system: You are a helpful assistant.
user:
Analyze the provided spectrum to determine if it is a **M-type Giant (gM)**.

A M-type Giant spectrum is defined by its **strong molecular absorption** features, particularly from **Titanium Oxide (TiO)**. You must check for one of the following mutually exclusive signatures:

- **Key Visual Indicators (Absorption-Dominated Spectrum):**

    - **(Primary):** The spectrum is dominated by strong molecular absorption from **Titanium Oxide (TiO)**. This is the **defining feature** of its M-type temperature class.
        - **(Key Bandheads):** Look for sharp, "saw-tooth" absorption valleys. The strongest are located near **~7050 Å**, **~6160 Å**, and **~5170 Å**.
        - **(Line Profile):** The "saw-tooth" morphology is critical: a **sharp, steep drop on the BLUE (short-wavelength) side** of the bandhead, followed by a gradual recovery (rising flux) towards the RED (long-wavelength) side.

    - **(Key Confirmation - Giant vs. Dwarf):** **ABSENCE** of strong **Calcium Hydride (CaH)** molecular bands. This is the primary diagnostic for *excluding* M-dwarfs.
        - **(Key Region):** The spectrum should lack the strong, broad absorption band seen in dwarfs between **~6800 Å and ~7000 Å**.

    - **(Secondary Confirmation - Giant):** A very strong and broad **Neutral Calcium (Ca I)** atomic absorption line.
        - **(Key Line):** Located at **~4226 Å**. In a giant (gM), this line is significantly deeper and broader than the same line in an M-dwarf (dM) due to low surface gravity.

    - **(Overall Spectrum):**
        - The continuum is **extremely red-sloping** (i.e., flux is very low in the blue and rises dramatically towards the red).
        - The entire spectrum appears "chopped up" by the deep TiO bands.

Think first, call **spectral_visualization_tool** if needed to examine features in detail, then provide your final answer. Your response must adhere to the following strict rules:
1.  **Overall Structure:** Your response must follow the format `<think>...</think> <tool_call>...</tool_call> (if a tool is used) <answer>...</answer>`.
2.  **Tool Usage Constraint:** You may only make **one** tool call per turn.
3.  **Final Answer Format:** In the `<answer>` tag, your conclusion must be inside a `\boxed{}` command (e.g., `\boxed{YES}` or `\boxed{NO}`), followed by your justification.

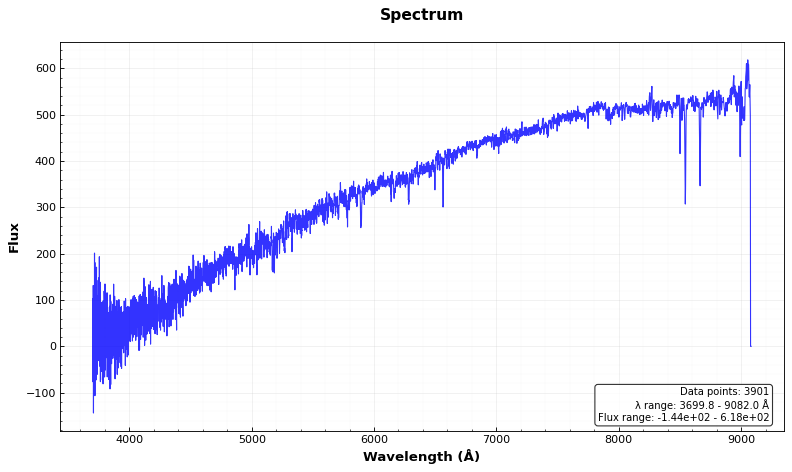
Answer: NO